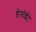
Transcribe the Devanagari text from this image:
डेलोईटे